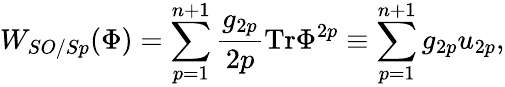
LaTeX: W_{SO/Sp}(\Phi)=\sum_{p=1}^{n+1}\frac{g_{2p}}{2p}\mathrm{Tr}\Phi^{2p}\equiv\sum_{p=1}^{n+1}g_{2p}u_{2p},